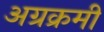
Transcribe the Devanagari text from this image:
अग्रक्रमी